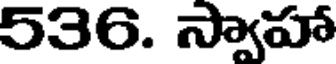
536. స్వాహా